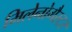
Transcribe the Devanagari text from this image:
मिलेनोगैस्टर